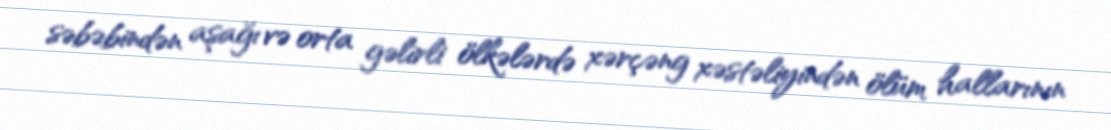
səbəbindən aşağı və orta gəlirli ölkələrdə xərçəng xəstəliyindən ölüm hallarının